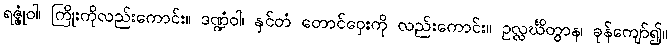
ရဇ္ဇုံဝါ၊ ကြိုးကိုလည်းကောင်း။ ဒဏ္ဍံဝါ၊ နှင်တံ တောင်ဝှေးကို လည်းကောင်း။ ဥလ္လင်္ဃိတွာန၊ ခုန်ကျော်၍။